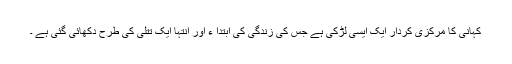
کہانی کا مرکزی کردار ایک ایسی لڑکی ہے جس کی زندگی کی ابتدا ء اور انتہا ایک تتلی کی طرح دکھائی گئی ہے ۔